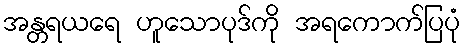
အန္တရယရေ ဟူသောပုဒ်ကို အရကောက်ပြပုံ